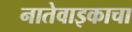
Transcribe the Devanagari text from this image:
नातेवाइकाचा